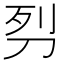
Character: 𭃖